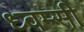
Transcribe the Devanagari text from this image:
ध्वम्सी